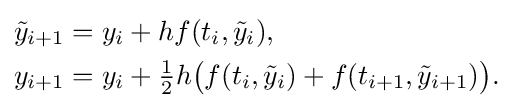
{\begin{aligned}{\tilde {y}}_{i+1}&=y_{i}+hf(t_{i},{\tilde {y}}_{i}),\\y_{i+1}&=y_{i}+{\tfrac {1}{2}}h{\bigl (}f(t_{i},{\tilde {y}}_{i})+f(t_{i+1},{\tilde {y}}_{i+1}){\bigr )}.\end{aligned}}